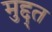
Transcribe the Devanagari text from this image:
मुद्द्त